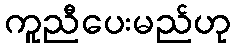
ကူညီပေးမည်ဟု